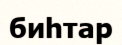
биһтар